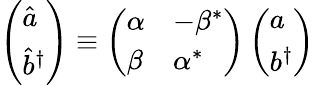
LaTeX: \left(\begin{array}{l}{{{\hat{a}}}}\\ {{{\hat{b}}^{\dagger}}}\end{array}\right)\equiv\left(\begin{array}{ll}{{\alpha}}&{{-\beta^{*}}}\\ {{\beta}}&{{\alpha^{*}}}\end{array}\right)\left(\begin{array}{l}{{a}}\\ {{b^{\dagger}}}\end{array}\right)